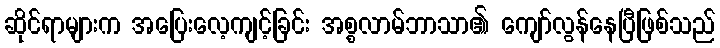
ဆိုင်ရာများက အပြေးလေ့ကျင့်ခြင်း အစ္စလာမ်ဘာသာ၏ ကျော်လွန်နေပြီဖြစ်သည်